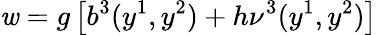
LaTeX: \mathit{w}=g\left[b^{3}(y^{1},y^{2})+h\nu^{3}(y^{1},y^{2})\right]